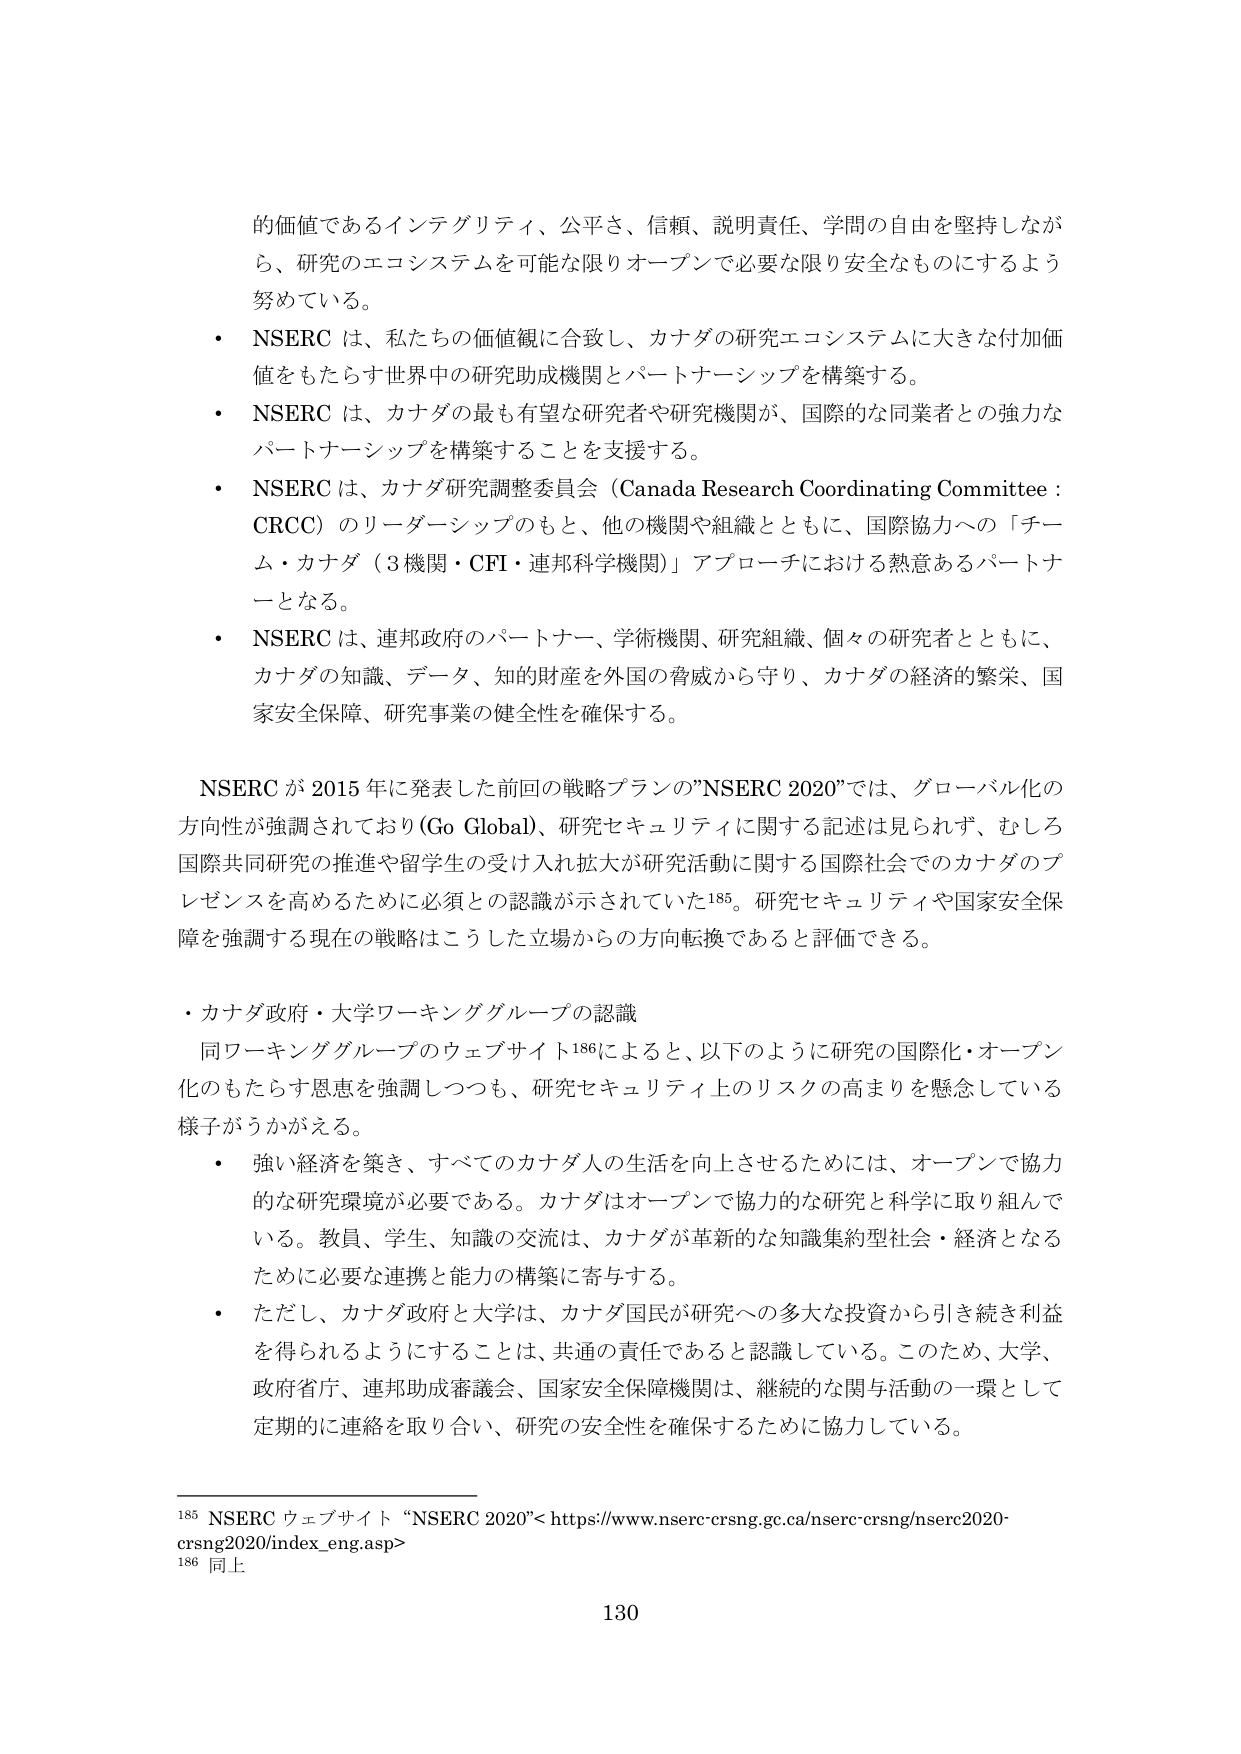
的価値であるインテグリティ、公平さ、信頼、説明責任、学問の自由を堅持しながら、研究のエコシステムを可能な限りオープンで必要な限り安全なものにするよう努めている。

・ NSERC は、私たちの価値観に合致し、カナダの研究エコシステムに大きな付加価値をもたらす世界中の研究助成機関とパートナーシップを構築する。

・ NSERC は、カナダの最も有望な研究者や研究機関が、国際的な同業者との強力なパートナーシップを構築することを支援する。

・ NSERC は、カナダ研究調整委員会（Canada Research Coordinating Committee : CRCC）のリーダーシップのもと、他の機関や組織とともに、国際協力への「チーム・カナダ（3機関・CFI・連邦科学機関）」アプローチにおける熱意あるパートナーとなる。

・ NSERC は、連邦政府のパートナー、学術機関、研究組織、個々の研究者とともに、カナダの知識、データ、知的財産を外国の脅威から守り、カナダの経済的繁栄、国家安全保障、研究事業の健全性を確保する。

NSERC が 2015 年に発表した前回の戦略プランの”NSERC 2020”では、グローバル化の方向性が強調されており (Go Global)、研究セキュリティに関する記述は見られず、むしろ国際共同研究の推進や留学生の受け入れ拡大が研究活動に関する国際社会でのカナダのプレゼンスを高めるために必須との認識が示されていた¹⁸⁵。研究セキュリティや国家安全保障を強調する現在の戦略はこうした立場からの方向転換であると評価できる。

・ カナダ政府・大学ワーキンググループの認識

同ワーキンググループのウェブサイト¹⁸⁶によると、以下のように研究の国際化・オープン化のもたらす恩恵を強調しつつも、研究セキュリティ上のリスクの高まりを懸念している様子がうかがえる。

・ 強い経済を築き、すべてのカナダ人の生活を向上させるためには、オープンで協力的な研究環境が必要である。カナダはオープンで協力的な研究と科学に取り組んでいる。教員、学生、知識の交流は、カナダが革新的な知識集約型社会・経済となるために必要な連携と能力の構築に寄与する。

・ ただし、カナダ政府と大学は、カナダ国民が研究への多大な投資から引き続き利益を得られるようにすることは、共通の責任であると認識している。このため、大学、政府省庁、連邦助成審議会、国家安全保障機関は、継続的な関与活動の一環として定期的に連絡を取り合い、研究の安全性を確保するために協力している。

¹⁸⁵ NSERC ウェブサイト “NSERC 2020”<https://www.nserc-crsng.gc.ca/nserc-crsng/nserc2020-crsng2020/index_eng.asp>

¹⁸⁶ 同上

130